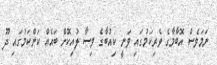
ނަމަވެސް އޮބާމާގެ ވެރިކަމުގައި ވަނީ ކިއުބާގެ ވިސާ ލުއިކޮށް ބައެއް ކަންކަމުގައި ދޫ